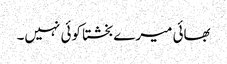
بھائی میرے بخشتا کوئی نہیں۔